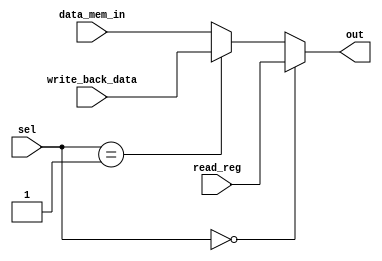
module mux_4_1(read_reg,write_back_data,data_mem_in,sel,out);
input[31:0]write_back_data,data_mem_in,read_reg;
input[1:0]sel;
output reg[31:0]out;
always@(sel,write_back_data,data_mem_in,read_reg)
begin
    if(sel == 2'b00)
    begin
        out = read_reg;
    end
    else if(sel == 2'b01)
    begin
        out = write_back_data;
    end
    else
    begin
        out = data_mem_in;
    end
end
endmodule